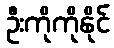
ဦးကိုကိုနိုင်